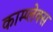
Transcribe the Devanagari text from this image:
काम्‍प्‍लेक्स